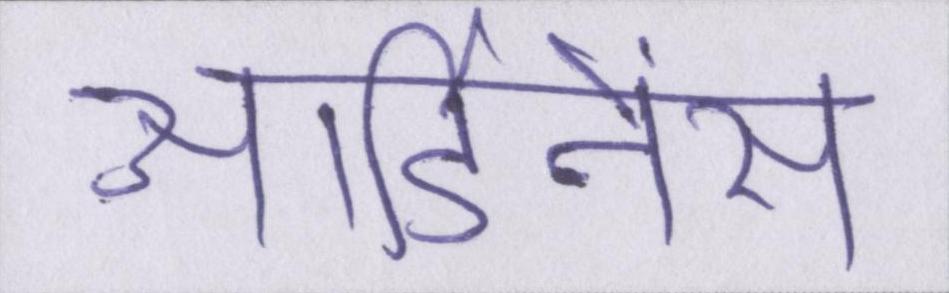
आर्डिनेंस